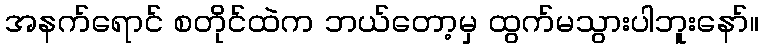
အနက်ရောင် စတိုင်ထဲက ဘယ်တော့မှ ထွက်မသွားပါဘူးနော်။